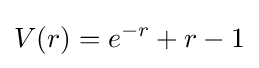
V(r)=e^{-r}+r-1